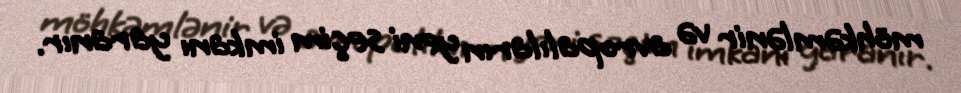
möhkəmlənir və avropalıların yeni seçim imkanı yaranır.